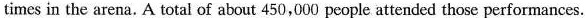
times in the arena. A total of about 450,000 people attended those performances.